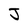
Character: J